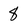
Character: 8